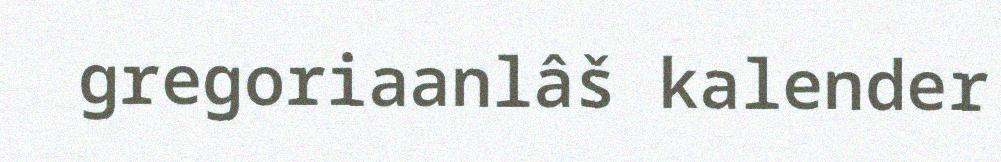
gregoriaanlâš kalender